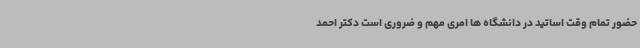
حضور تمام وقت اساتید در دانشگاه ها امری مهم و ضروری است دکتر احمد